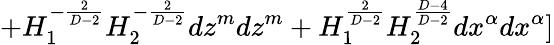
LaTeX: +H_{1}^{-\frac{2}{D-2}}H_{2}^{-\frac{2}{D-2}}dz^{m}dz^{m}+H_{1}^{\frac{2}{D-2}}H_{2}^{\frac{D-4}{D-2}}dx^{\alpha}dx^{\alpha}]